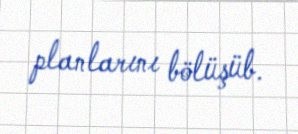
planlarını bölüşüb.